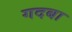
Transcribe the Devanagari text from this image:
गदबा